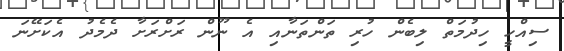
ސިއްހީ ހިދުމަތް ލިބެން ހުރި ތަންތަނާއި އެ ނޫން ރަށްރަށާ ދެމެދު އެކަށޭނަ